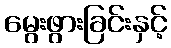
မွေးဖွားခြင်းနှင့်